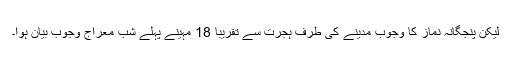
لیکن پنجگانہ نماز کا وجوب مدینے کی طرف ہجرت سے تقریبا 18 مہینے پہلے شب معراج وجوب بیان ہوا۔